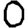
Digit: 0